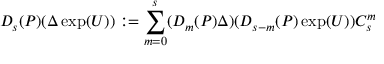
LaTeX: D _ { s } ( P ) ( \Delta \exp ( U ) ) : = \sum _ { m = 0 } ^ { s } ( D _ { m } ( P ) \Delta ) ( D _ { s - m } ( P ) \exp ( U ) ) C _ { s } ^ { m }